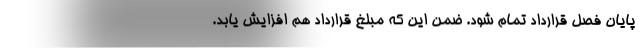
پایان فصل قرارداد تمام شود. ضمن این که مبلغ قرارداد هم افزایش یابد.